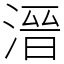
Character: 溍